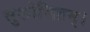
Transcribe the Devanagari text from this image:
सुशोभितम्।